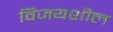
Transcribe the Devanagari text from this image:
विजयशील